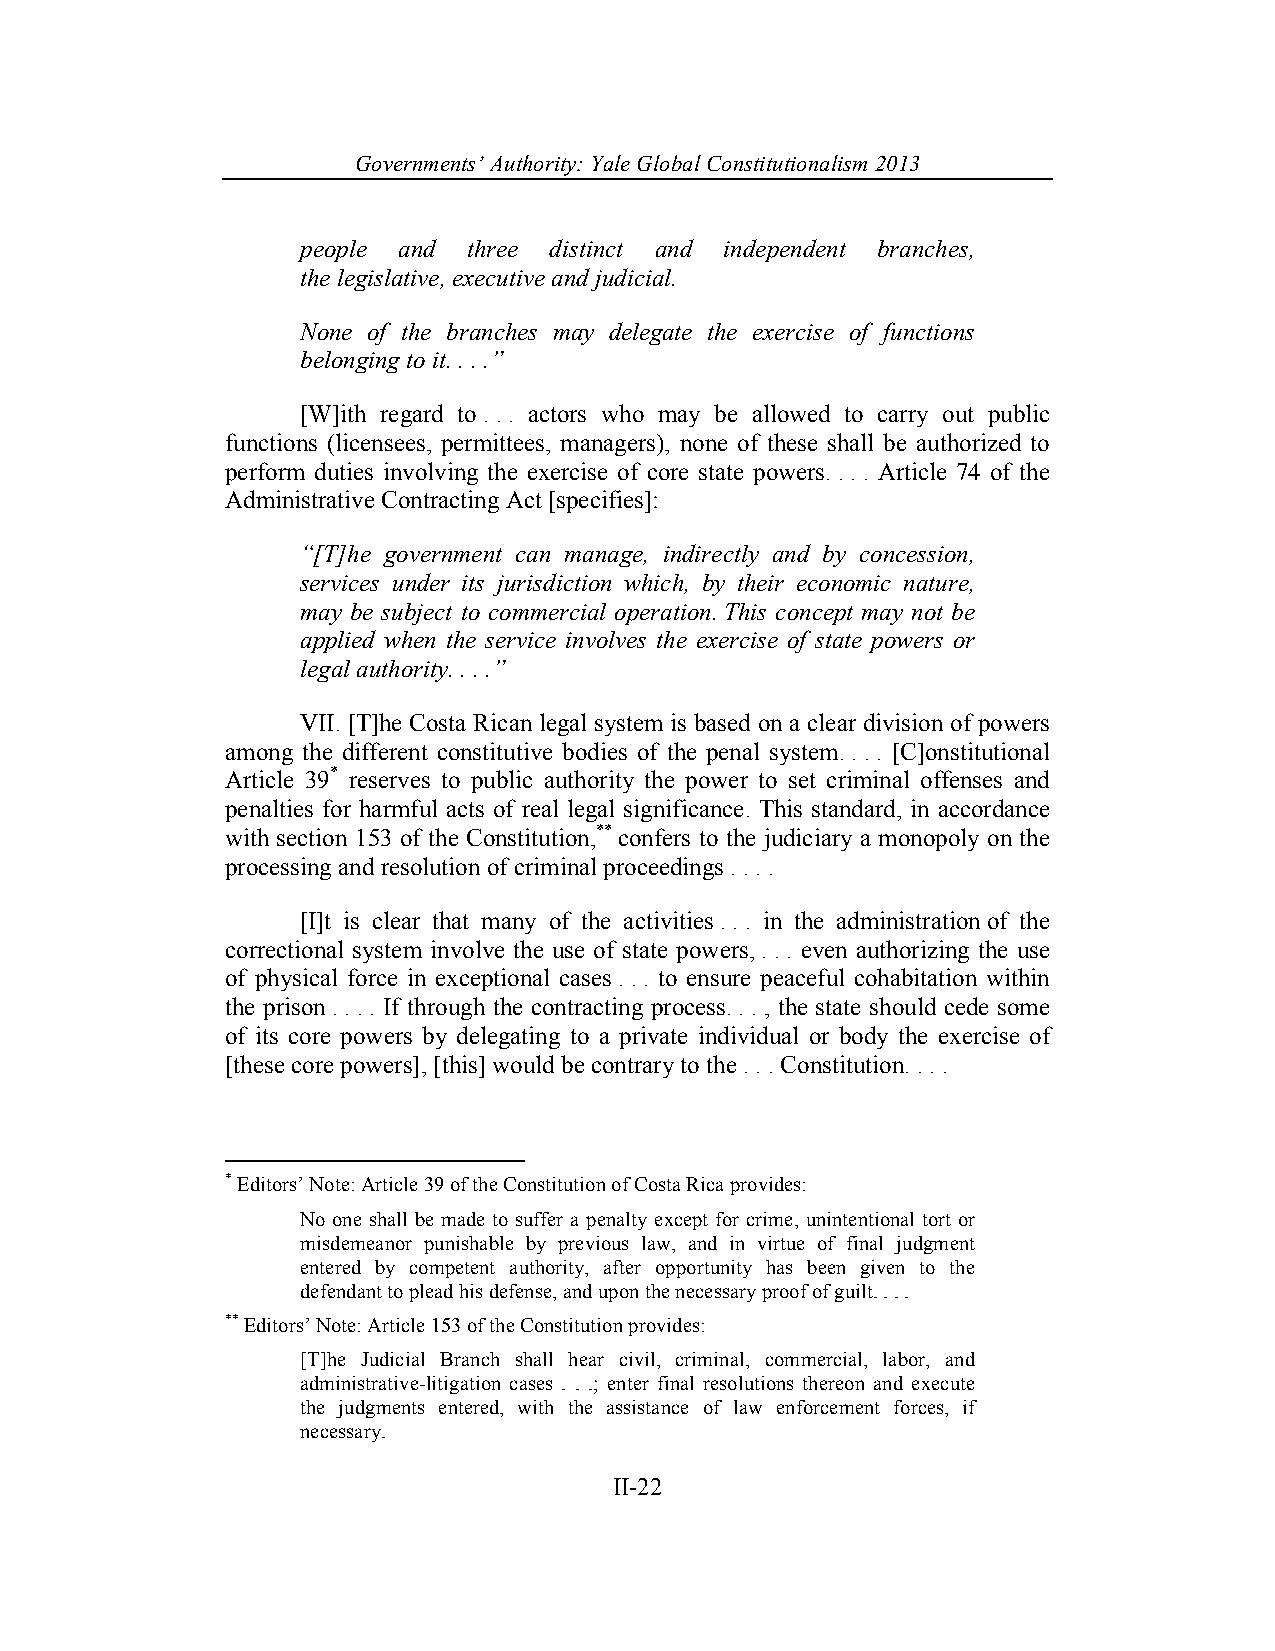
Governments’ Authority: Yale Global Constitutionalism 2013
 people and three distinct and independent branches,
 the legislative, executive and judicial.
 None of the branches may delegate the exercise of functions
 belonging to it. . . .”
 [W]ith regard to . . . actors who may be allowed to carry out public
 functions (licensees, permittees, managers), none of these shall be authorized to
 perform duties involving the exercise of core state powers. . . . Article 74 of the
 Administrative Contracting Act [specifies]:
 “[T]he government can manage, indirectly and by concession,
 services under its jurisdiction which, by their economic nature,
 may be subject to commercial operation. This concept may not be
 applied when the service involves the exercise of state powers or
 legal authority. . . .”
 VII. [T]he Costa Rican legal system is based on a clear division of powers
 among the different constitutive bodies of the penal system. . . . [C]onstitutional
 Article 39* reserves to public authority the power to set criminal offenses and
 penalties for harmful acts of real legal significance. This standard, in accordance
 with section 153 of the Constitution,** confers to the judiciary a monopoly on the
 processing and resolution of criminal proceedings . . . .
 [I]t is clear that many of the activities . . . in the administration of the
 correctional system involve the use of state powers, . . . even authorizing the use
 of physical force in exceptional cases . . . to ensure peaceful cohabitation within
 the prison . . . . If through the contracting process. . . , the state should cede some
 of its core powers by delegating to a private individual or body the exercise of
 [these core powers], [this] would be contrary to the . . . Constitution. . . .
 * Editors’ Note: Article 39 of the Constitution of Costa Rica provides:
 No one shall be made to suffer a penalty except for crime, unintentional tort or
 misdemeanor punishable by previous law, and in virtue of final judgment
 entered by competent authority, after opportunity has been given to the
 defendant to plead his defense, and upon the necessary proof of guilt. . . .
 ** Editors’ Note: Article 153 of the Constitution provides:
 [T]he Judicial Branch shall hear civil, criminal, commercial, labor, and
 administrative-litigation cases . . .; enter final resolutions thereon and execute
 the judgments entered, with the assistance of law enforcement forces, if
 necessary.
 II-22